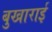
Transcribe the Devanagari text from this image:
बुखाराई